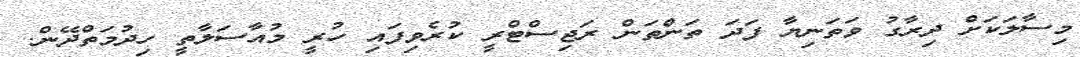
މިސާލަކަށް ދިރާގު ވަތަނިޔާ ފަދަ ތަންތަން ރަޖިސްޓްރީ ކުރެވިފައި ހުރީ މުއާސަލާތީ ހިދުމަތްދޭން.